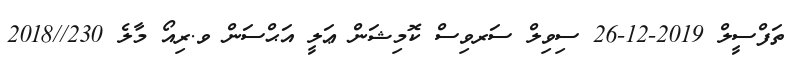
ތަފްސީލް 2019-12-26 ސިވިލް ސަރވިސް ކޮމިޝަން ޢަލީ އަޙްސަން ވ.ރިއޯ މާލެ 230//2018